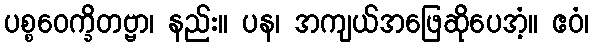
ပစ္စဝေက္ခိတဗ္ဗာ၊ နည်း။ ပန၊ အကျယ်အဖြေဆိုပေအံ့။ ဧဝံ၊